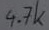
Text: 4.7k